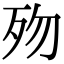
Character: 歾